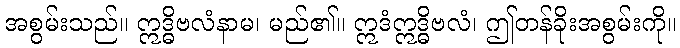
အစွမ်းသည်။ ဣဒ္ဓိဗလံနာမ၊ မည်၏။ ဣဒံဣဒ္ဓိဗလံ၊ ဤတန်ခိုးအစွမ်းကို။